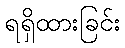
ရရှိထားခြင်း